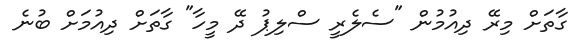
ގާތަށް މިރޭ ދިއުމުން "ސެލެރީ ސްލިޕު ދޭ މީހާ" ގާތަށް ދިއުމަށް ބުނެ